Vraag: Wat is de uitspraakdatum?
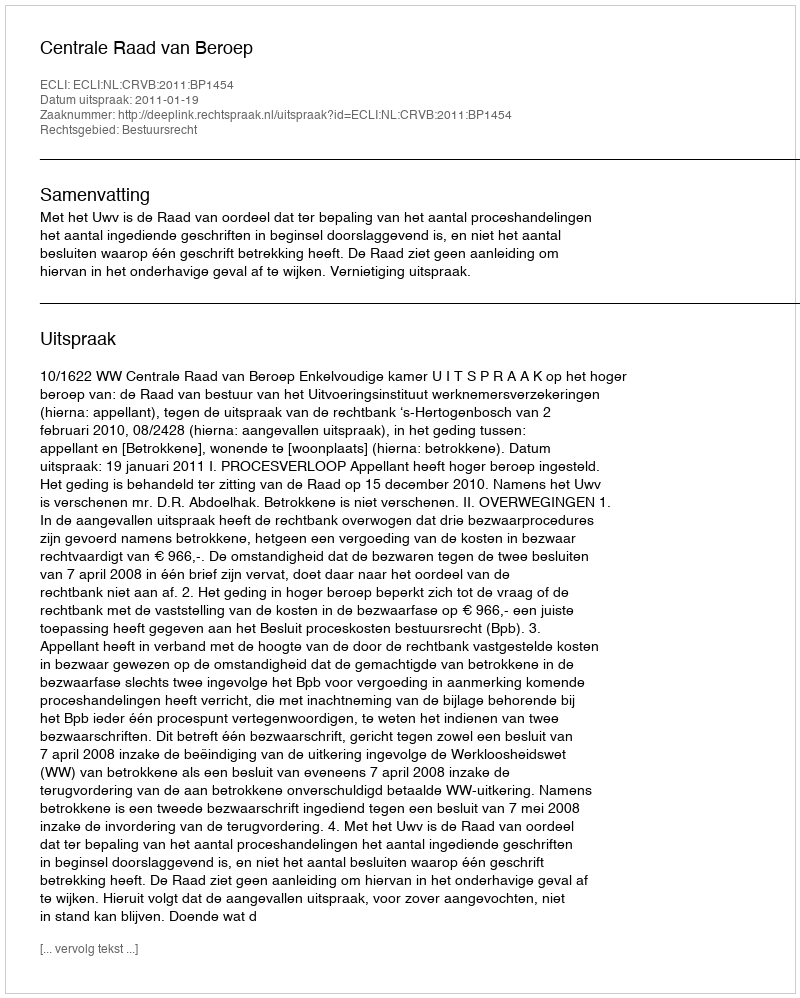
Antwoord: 2011-01-19